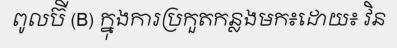
ពូលប៊ី (B) ក្នុងការប្រកួតកន្លងមក៖ដោយ៖ វិន